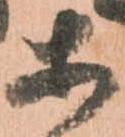
等